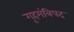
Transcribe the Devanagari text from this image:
गृहमंत्रिपद